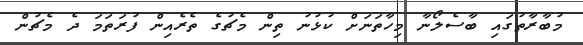
މުބާރާތުގައި ބާސެލޯނާ މިހާތަނަށް ކުޅުނު ތިން މެޗުގެ ތެރެއިން ފުރަތަމަ ދެ މެޗުން